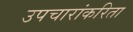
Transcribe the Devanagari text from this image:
उपचारांकरिता